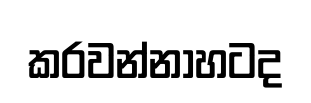
කරවන්නාහටද